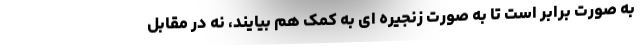
به صورت برابر است تا به صورت زنجیره ای به کمک هم بیایند، نه در مقابل